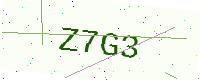
Text: Z7G3